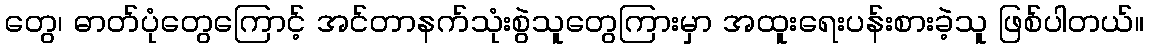
တွေ၊ ဓာတ်ပုံတွေကြောင့် အင်တာနက်သုံးစွဲသူတွေကြားမှာ အထူးရေးပန်းစားခဲ့သူ ဖြစ်ပါတယ်။